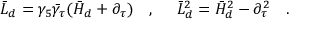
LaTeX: \bar { L } _ { d } = \gamma _ { 5 } \bar { \gamma } _ { \tau } ( \bar { H } _ { d } + \partial _ { \tau } ) ~ ~ ~ , ~ ~ ~ ~ \bar { L } _ { d } ^ { 2 } = \bar { H } _ { d } ^ { 2 } - \partial _ { \tau } ^ { 2 } ~ ~ ~ .